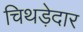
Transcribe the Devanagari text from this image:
चिथड़ेदार